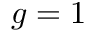
g = 1